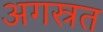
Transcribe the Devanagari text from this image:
अगस्रत